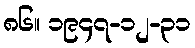
၈၆။ ၁၉၄၇-၁၂-၃၁